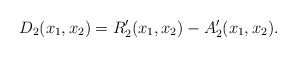
\begin{align*}D_2(x_1,x_2)=R_2^{\prime}(x_1,x_2)-A_2^{\prime}(x_1,x_2).\end{align*}